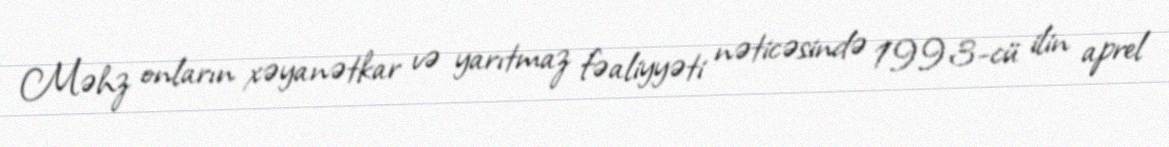
Məhz onların xəyanətkar və yarıtmaz fəaliyyəti nəticəsində 1993-cü ilin aprel